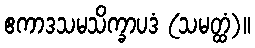
ဧကာဒသမသိက္ခာပဒံ (သမတ္ထံ)။